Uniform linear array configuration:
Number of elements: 32
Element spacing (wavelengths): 0.75
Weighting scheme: blackman
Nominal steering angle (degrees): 45
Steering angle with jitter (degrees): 46.795
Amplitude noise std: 0.05
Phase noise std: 0.05

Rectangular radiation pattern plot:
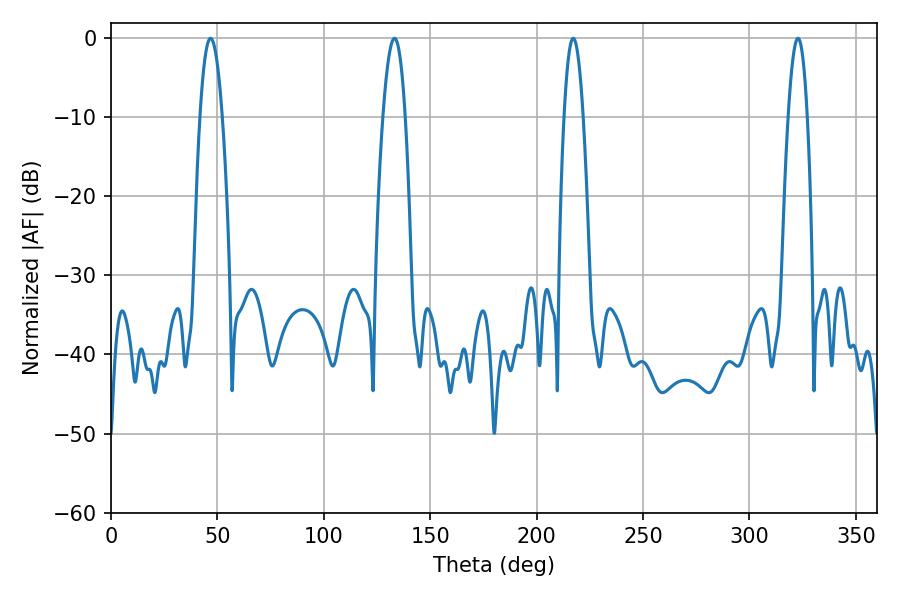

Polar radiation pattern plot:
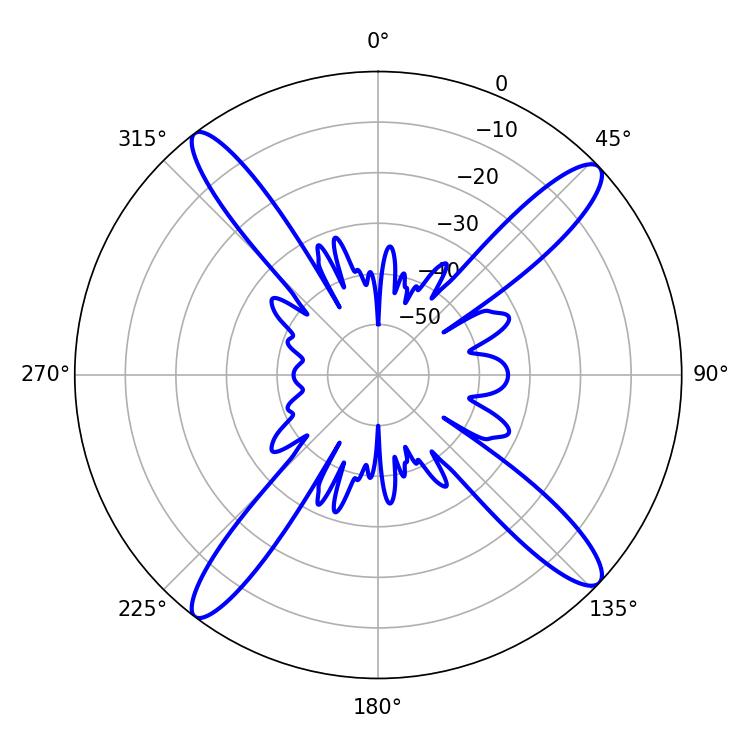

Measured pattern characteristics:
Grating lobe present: TRUE
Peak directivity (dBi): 16.398
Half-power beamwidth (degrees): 5.76
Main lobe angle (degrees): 46.8